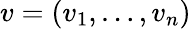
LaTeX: v=(v_{1},\dots,v_{n})